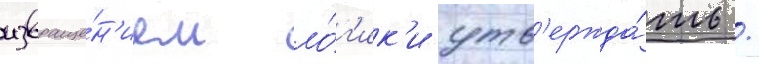
извраще́н'ием ло́г'ик'и утв'ержда́ть /